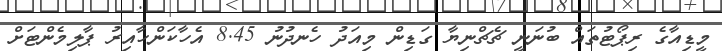
މީޑިއާގެ ރިޕޯޓުތައް ބުނަނީ ޗެޗްނިޔާ ގަޑިން މިއަދު ހެނދުނު 8.45 އެހާކަންހާއިރު ޕާލިމެންޓަށް